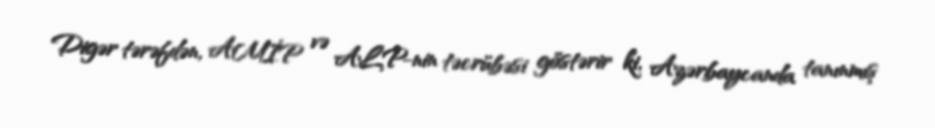
Digər tərəfdən, AMİP və ALP-nin təcrübəsi göstərir ki, Azərbaycanda tanınmış